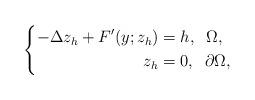
LaTeX: \begin{align*}\left \{\begin{aligned}-\Delta z_{h} + F'(y;z_{h})&=h, \;\; \Omega,\\z_{h}&=0, \;\; \partial \Omega,\end{aligned}\right. \end{align*}